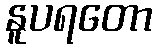
နူပရတော